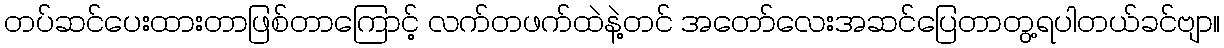
တပ်ဆင်ပေးထားတာဖြစ်တာကြောင့် လက်တဖက်ထဲနဲ့တင် အတော်လေးအဆင်ပြေတာတွ့ရပါတယ်ခင်ဗျာ။